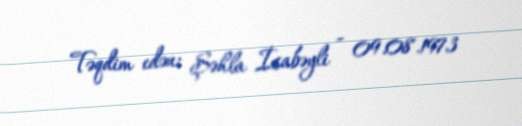
Təqdim edən: Şəhla İsabəyli - 09.08.1973